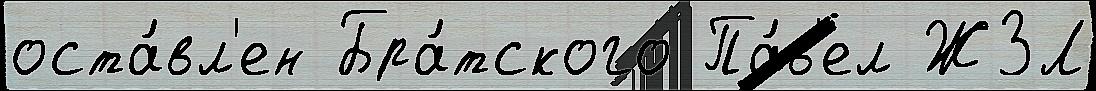
оста́вл'ен Бра́тского Па́в'ел ЖЗЛ